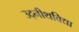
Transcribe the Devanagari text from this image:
उद्नीथविद्या